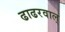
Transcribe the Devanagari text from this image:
ढाढरवाल्